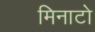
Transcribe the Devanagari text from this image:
मिनाटो